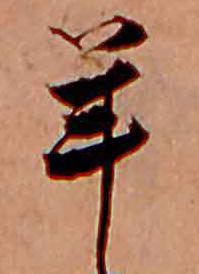
年